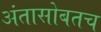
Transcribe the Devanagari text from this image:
अंतासोबतच